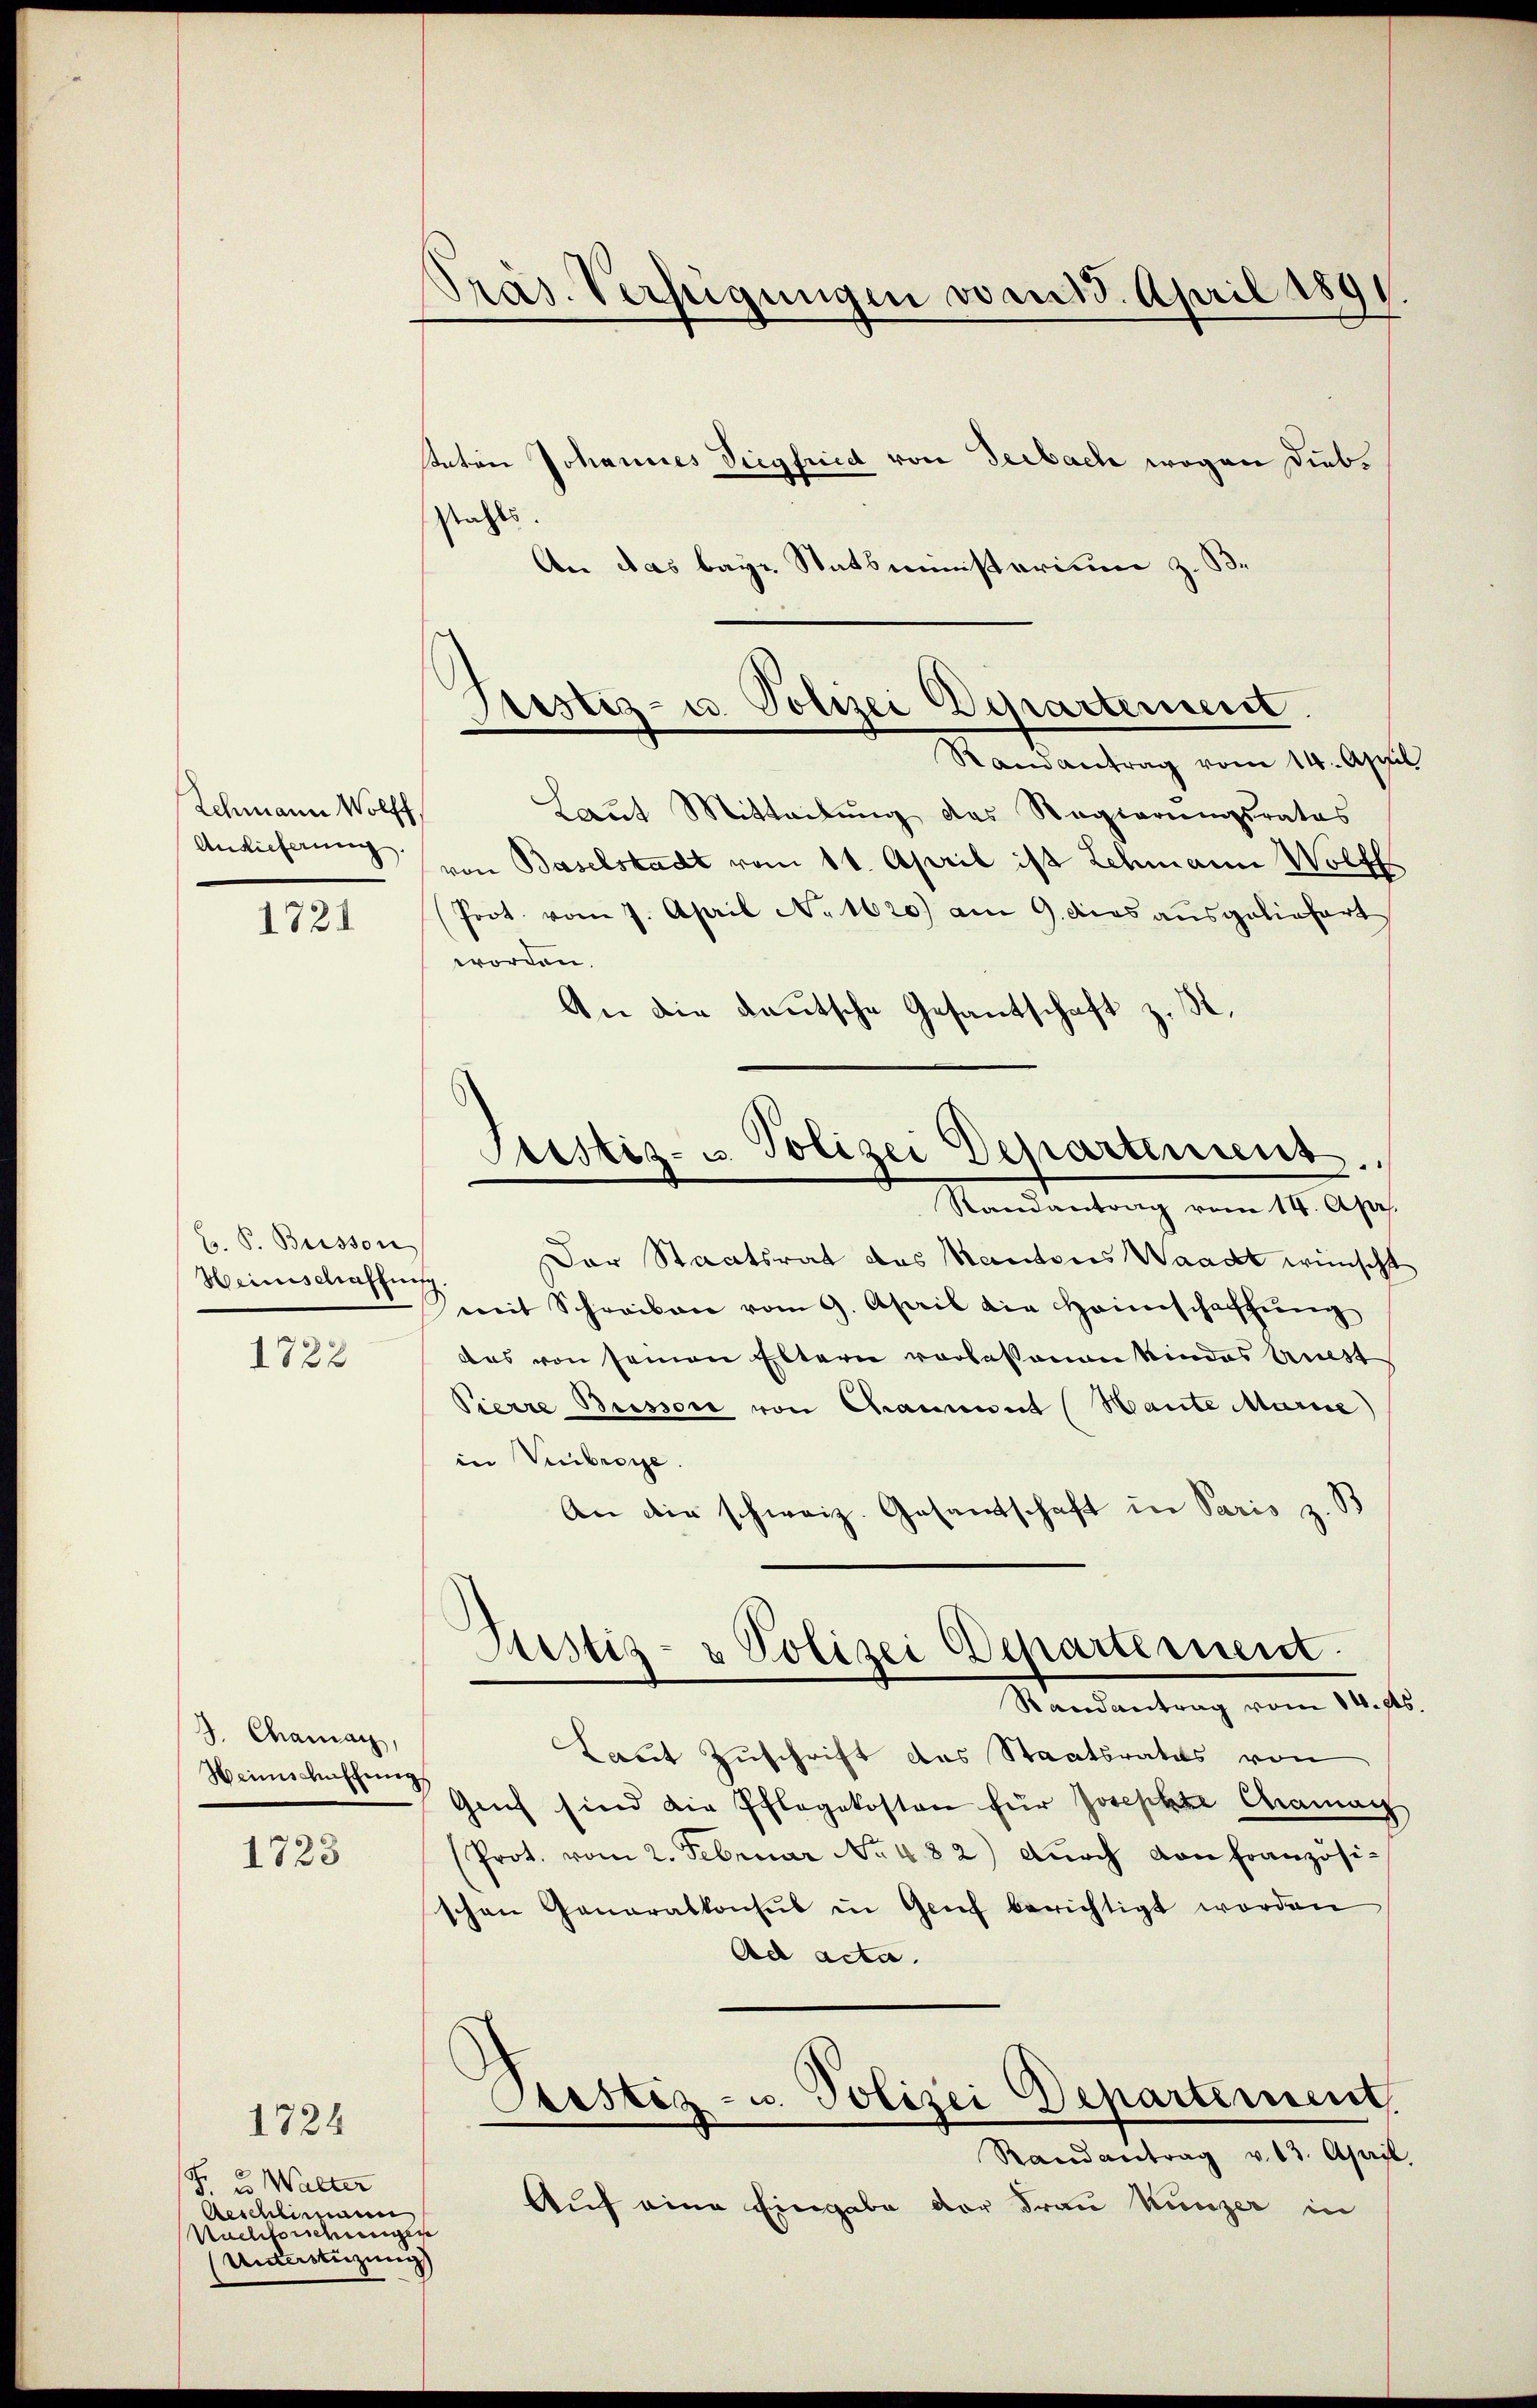
Schmann Wolff
Anlieferung.

1721

Hr. P. Busson
Heinschaffnis
1722

J. Chamay,
Heimschaffung

1723

1724
F. u. Walter
Aeschlimann
Nachforschungen
(Unterstüzung)

Präs. Verfügungen vom 15. April 1891.

staton Johannes Siegfrid von Seebach wegen Diebsatts.
An das baye Statsministerium z. B.

Justiz- u. Polizei Agrartement.
Randantrag vom 14. April

Laut Mitteilŭng des Regierŭngsrates
von Baselstadt vom 11. April ist Schmann Wolff
Prot. vom 7. April No 1620) am 9. das ausgeliefert
worden.
An die deutsche Gesantschaft z. B.
Der Staatsrat des Kantons Waadt wünscht
di
mit Schreiben vom 9. April die Heimschaffŭng
das von seinen Eltern verlassenen Kindes Anest
Pierre Bussor von Chament (Haute Marie
in Verbreche.
An die schweiz. Gesandtschaft in Paris z. B
¬
Justiz- & Polizei Departement.
Randantrag vom 14. ds
Laut Zuschrift des Staatsrates von
Genf sind die Pflegekosten für Josephte Chaman
(Prot. vom 2. Februar No. 482) durch von französischen Generalkonsul in Genf berichtigt worden
Ad acta.
Pustiz- u. Polizei Departement,
Randantrag v. 13. April
Auf eine Eingabe der Frau Kunzer in

Stestiz- u. Polizei Departement.
Randantrag vom 14. Apr.